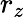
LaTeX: r_{z}